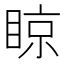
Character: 䁁